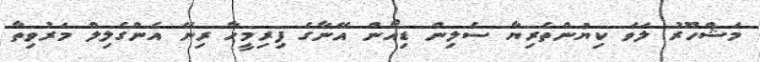
މަޝްހޫރު ލަވަ ކިޔުންތެރިޔާ ސެލިން ޑިއޯން އޭނާގެ ފިރިމީހާ ރިނޭ އެންގެލިލް މަރުވިތާ